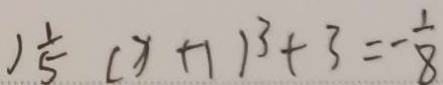
) \frac { 1 } { 5 } ( x + 1 ) ^ { 3 } + 3 = - \frac { 1 } { 8 }